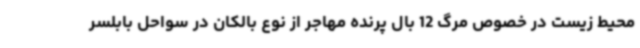
محیط زیست در خصوص مرگ 12 بال پرنده مهاجر از نوع بالکان در سواحل بابلسر